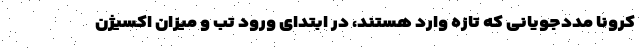
کرونا مددجویانی که تازه وارد هستند، در ابتدای ورود تب و میزان اکسیژن